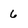
Character: 6